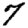
Digit: 7